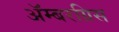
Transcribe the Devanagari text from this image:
ॲम्बरग्रिस